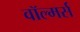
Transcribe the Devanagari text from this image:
वॉल्मर्स